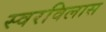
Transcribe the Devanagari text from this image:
स्वरविलास